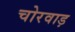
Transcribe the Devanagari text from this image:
चोरवाड़